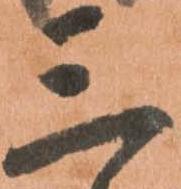
三